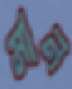
মান